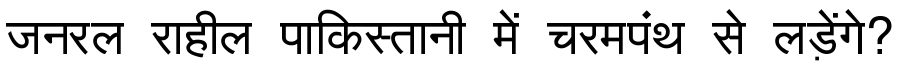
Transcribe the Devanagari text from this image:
जनरल राहील पाकिस्तानी में चरमपंथ से लड़ेंगे?